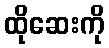
ထိုဆေးကို